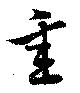
重